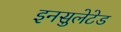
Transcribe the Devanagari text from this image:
इनसुलेटेड